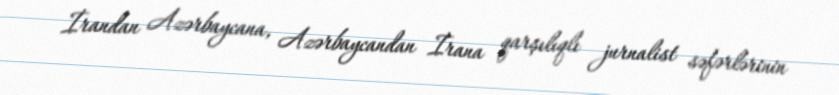
İrandan Azərbaycana, Azərbaycandan İrana qarşılıqlı jurnalist səfərlərinin